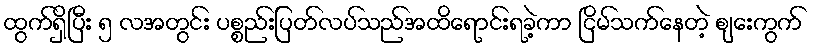
ထွက်ရှိပြီး ၅ လအတွင်း ပစ္စည်းပြတ်လပ်သည်အထိရောင်းရခဲ့ကာ ငြိမ်သက်နေတဲ့ စျေးကွက်